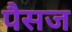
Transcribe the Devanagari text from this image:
पैसज